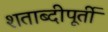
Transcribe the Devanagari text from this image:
शताब्दीपूर्ती